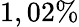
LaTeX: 1,02\%